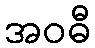
အဝဓီ